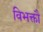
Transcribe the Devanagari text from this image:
विभक्तौ